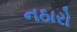
નઠારો